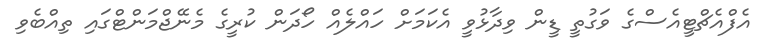
އެފްއެޗްޓީއެސްގެ ވަގުތީ ޑީން ވިދާޅުވީ އެކަމަށް ހައްލެއް ހޯދަން ކުރީގެ މެނޭޖްމަންޓްގައި ތިއްބެވި